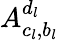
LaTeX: A_{c_{l},b_{l}}^{d_{l}}